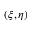
( \xi , \eta )